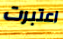
اعتبرت